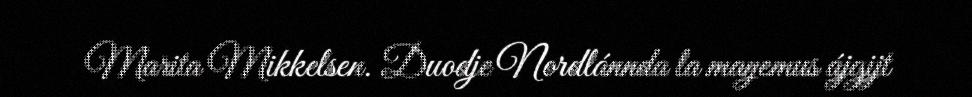
Marita Mikkelsen. Duodje Nordlánnda la maŋemus ájgijt